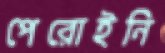
পেরোইনি